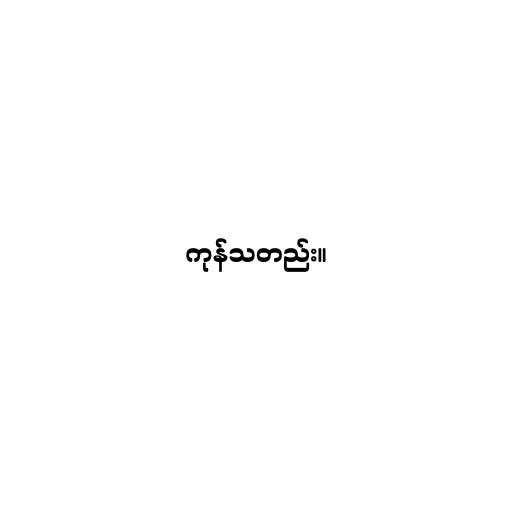
ကုန်သတည်း။